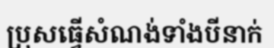
ប្រុសធ្វើសំណង់ទាំងបីនាក់